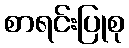
စာရင်းပြုစု